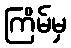
ကြိမ်မှ